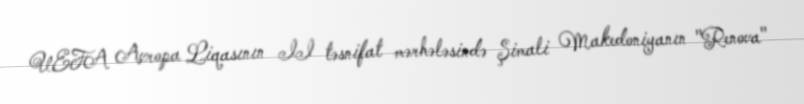
UEFA Avropa Liqasının II təsnifat mərhələsində Şimali Makedoniyanın "Renova"